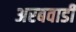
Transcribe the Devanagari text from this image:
अरबवाडी